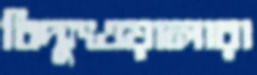
বিদ্যুৎওয়ালারা